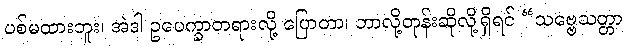
ပစ်မထားဘူး၊ အဲဒါ ဥပေက္ခာတရားလို့ ပြောတာ၊ ဘာလို့တုန်းဆိုလို့ရှိရင် “သဗ္ဗေသတ္တာ